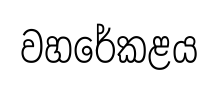
වහරේකළය